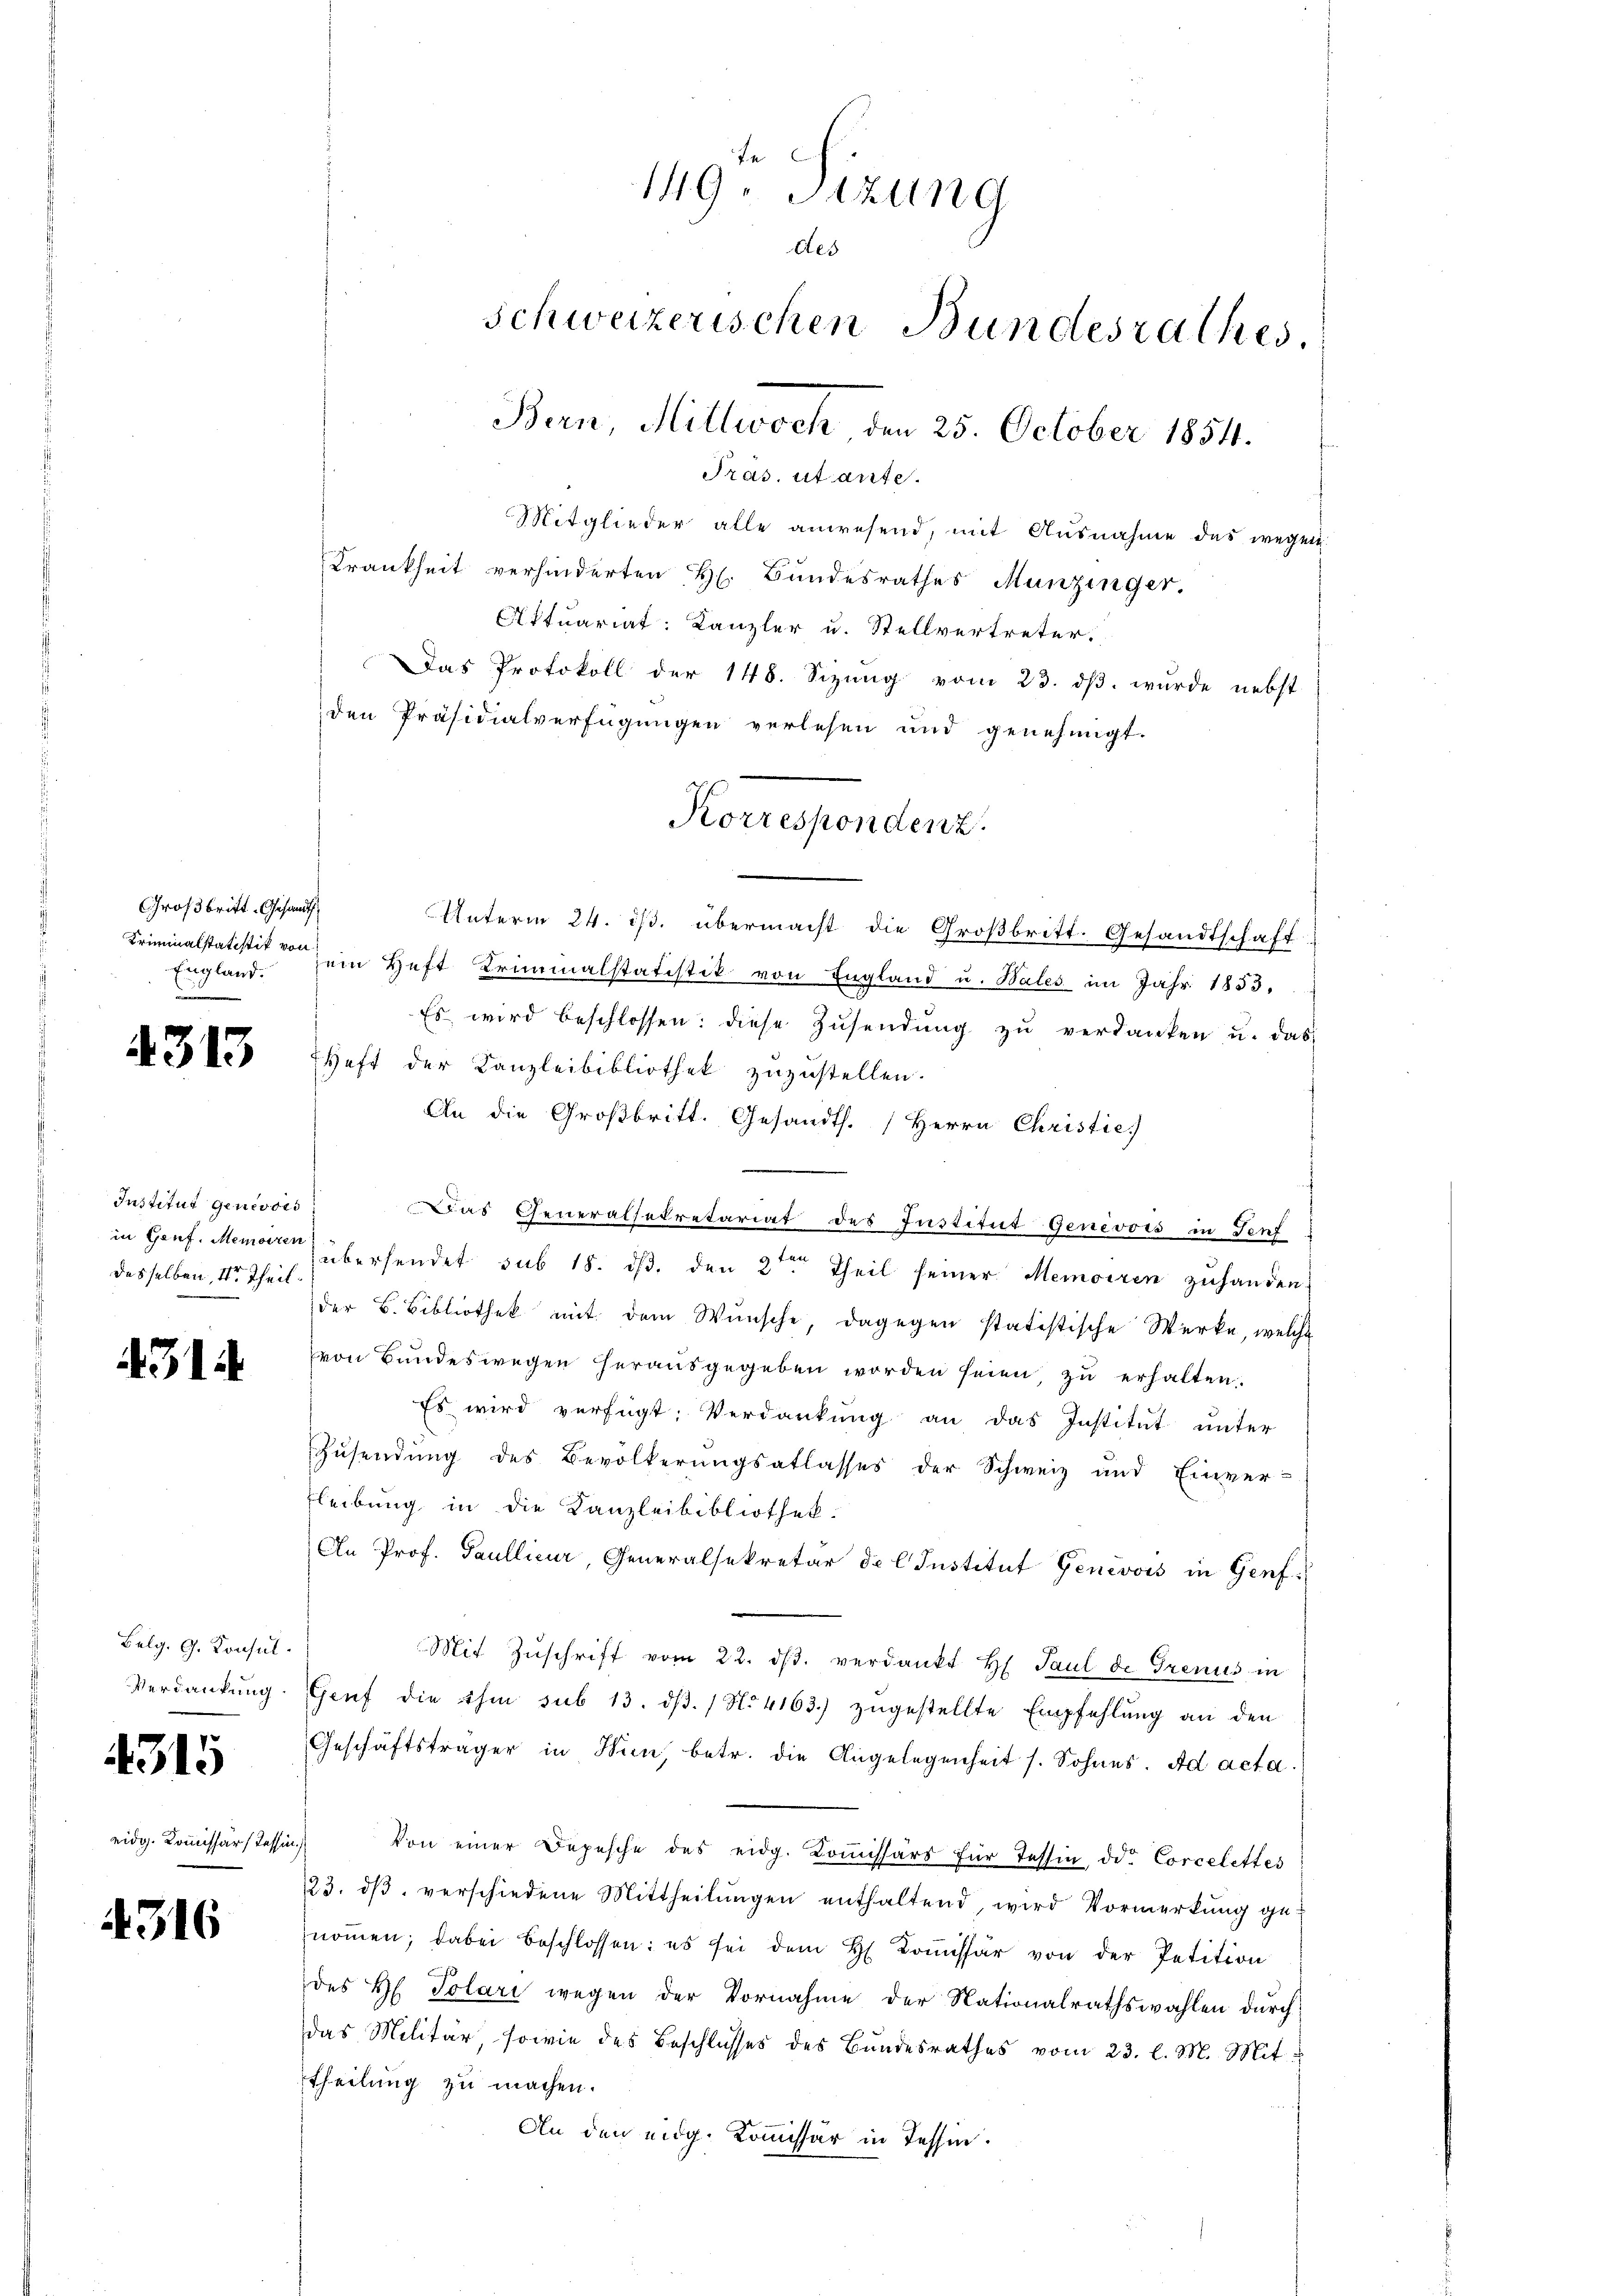
Großbritt. Gesandt
England.

4313

Institut genevois
desselben, der Theil¬

4314

Belg. G. Konsul
Verdankung

4315

eidg. Kommissärs Tessin,

4316

Mitglieder alle anwesend, mit Ausnahme des wegen
Krankheit verhinderten H. Bundesrathes Munzinger.
Attuariat: Kanzler u. Stellvertreter.
Das Protokoll der 148. Sizung vom 23. dβ. wurde nebst
den Präsidialverfügungen verlesen und genehmigt.
Unterm 24. ist. übermacht die Großbritt. Gesandtschaft
Kriminalstatistik von ein Heft Kriminalstatistik von England u. Bales im Jahr 1853,
Es wird beschlossen: diese Zŭsendŭng zŭ verdanken u. das
Heft der Kanzleibibliothek zuzustellen.
An die Großbritt. Gesandth. Herrn Christie
Das Generalsekretariat des Justitut Genevois in Teuf
in Genf. Memorien übersendet sub 18. ds. den 2ten Theil seiner Memoiren zuhanden.
der B. Bibliothek mit dem Wunsche, dagegen statistische Werke, welche
von Bundeswegen herausgegeben worden seien, zu erhalten.
Es wird verfügt: Verdankung an das Institut unter
Zŭsendŭng des Bevölkerŭngsatlasses der Schweiz und Einver-
Bleibung in die Kanzleibibliothek.
An Prof. Paullicar, Generalsekretär de l. Justitut Genevois in Genf¬
Mit Zŭschrift vom 22. dβ. verdankt H. Paul de Grenus in
Genf die ihm sub 13. dβ. / No 4163) zŭgestellte Empfehlŭng an den
Geschäftsträger in Hin, betr. die Angelegenheit s. Sohnes. Ad acta.
Von einer Depesche des eidg. Koṁissärs für Tessin, der Corcelettes
23. dβ verschiedene Mittheilŭngen enthaltend, wird Vormerkung ge-
noṁen, dabei beschlossen: es sei dem H. Coṁissär von der Petition
des H. Polari wegen der Vornahme der Nationalrathswahlen durch
das Militär, sowie des Beschlusses des Bundesrathes vom 23. l. M. Mittheilung zu machen.
An den eidg. Kommissär in Tessin.

149. 424 n 9
des
schweizerischen Bundesrathes.
Bern, Mittwoch, den 25. October 1854.
Pras. untante.

Korrespondenz.